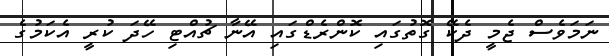
ނަމަވެސް ޖެމީ ދެކޭ ގޮތުގައި ކޮންރެޑްގައި އޭނާ ޗުއްޓި ހޭދަ ކުރީ އެކަމުގެ